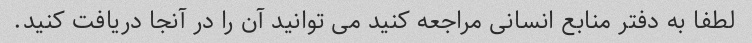
لطفا به دفتر منابع انسانی مراجعه کنید می توانید آن را در آنجا دریافت کنید.